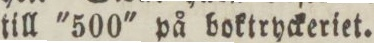
till '500' på boktryckeriet.